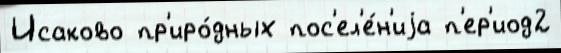
Исаково пр'иро́дных пос'ел'е́н'иjа п'ер'иод2